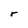
Character: r